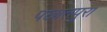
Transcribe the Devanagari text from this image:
पछातपुरा